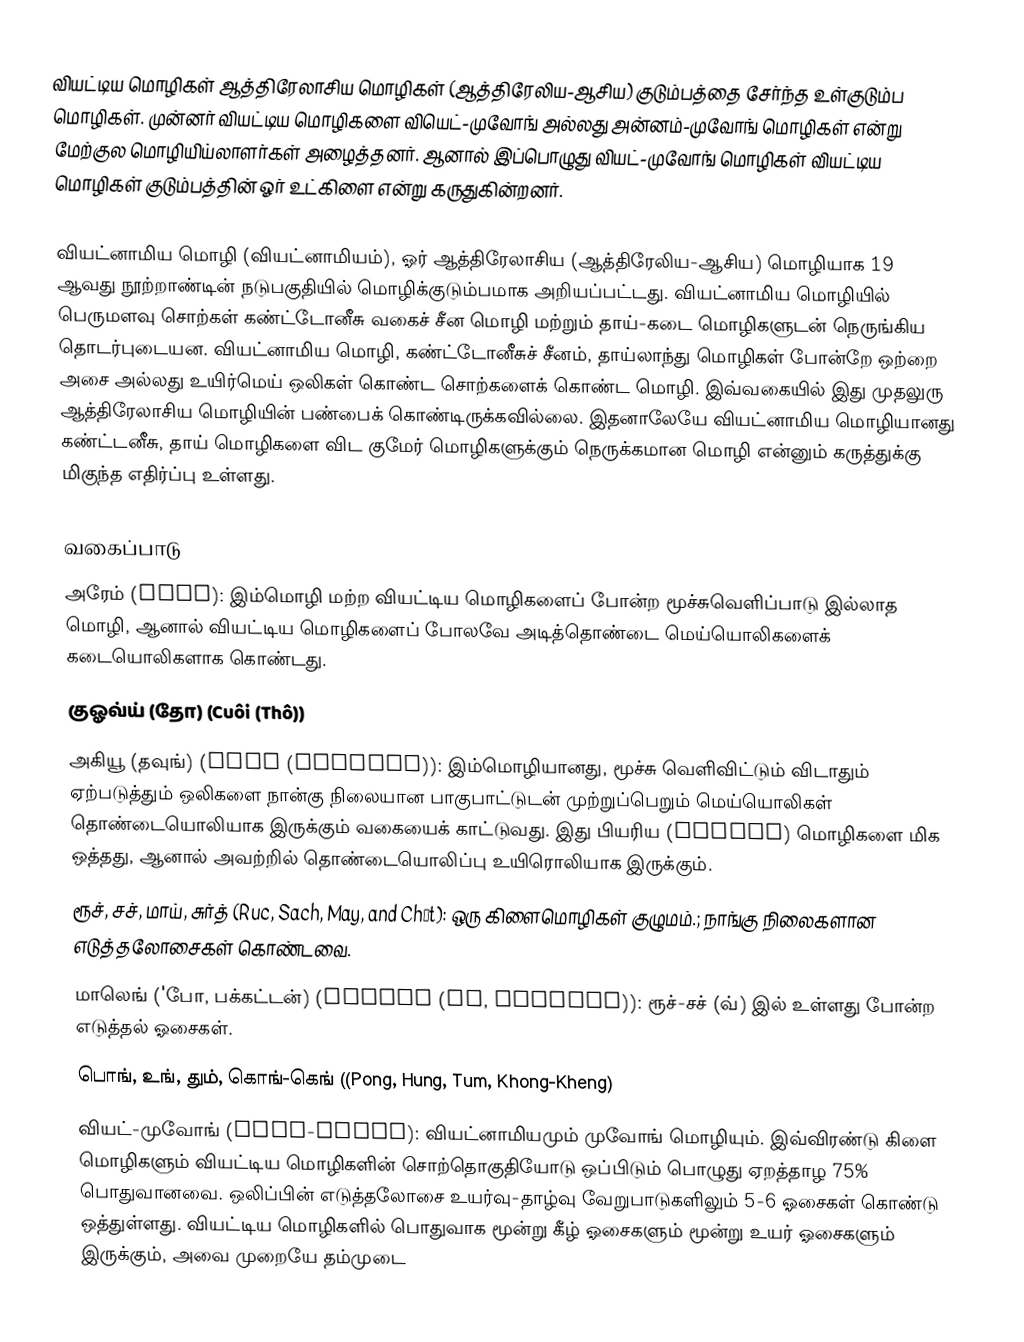
வியட்டிய மொழிகள் ஆத்திரேலாசிய மொழிகள் (ஆத்திரேலிய-ஆசிய) குடும்பத்தை சேர்ந்த உள்குடும்ப மொழிகள். முன்னர் வியட்டிய மொழிகளை வியெட்-முவோங் அல்லது அன்னம்-முவோங் மொழிகள் என்று மேற்குல மொழியிய்லாளர்கள் அழைத்தனர். ஆனால் இப்பொழுது வியட்-முவோங் மொழிகள் வியட்டிய மொழிகள் குடும்பத்தின் ஓர் உட்கிளை என்று கருதுகின்றனர்.

வியட்னாமிய மொழி (வியட்னாமியம்), ஓர் ஆத்திரேலாசிய (ஆத்திரேலிய-ஆசிய) மொழியாக 19 ஆவது நூற்றாண்டின் நடுபகுதியில் மொழிக்குடும்பமாக அறியப்பட்டது. வியட்னாமிய மொழியில் பெருமளவு சொற்கள் கண்ட்டோனீசு வகைச் சீன மொழி மற்றும் தாய்-கடை மொழிகளுடன் நெருங்கிய தொடர்புடையன. வியட்னாமிய மொழி, கண்ட்டோனீசுச் சீனம், தாய்லாந்து மொழிகள் போன்றே ஒற்றை அசை அல்லது உயிர்மெய் ஒலிகள் கொண்ட சொற்களைக் கொண்ட மொழி. இவ்வகையில் இது முதலுரு ஆத்திரேலாசிய மொழியின் பண்பைக் கொண்டிருக்கவில்லை. இதனாலேயே வியட்னாமிய மொழியானது கண்ட்டனீசு, தாய் மொழிகளை விட குமேர் மொழிகளுக்கும் நெருக்கமான மொழி என்னும் கருத்துக்கு மிகுந்த எதிர்ப்பு உள்ளது.

வகைப்பாடு
அரேம் (Arem): இம்மொழி மற்ற வியட்டிய மொழிகளைப் போன்ற மூச்சுவெளிப்பாடு இல்லாத மொழி, ஆனால் வியட்டிய மொழிகளைப் போலவே அடித்தொண்டை மெய்யொலிகளைக் கடையொலிகளாக கொண்டது.
குஓவ்ய் (தோ) (Cuôi (Thô))
அகியூ (தவுங்) (Aheu (Thavung)): இம்மொழியானது, மூச்சு வெளிவிட்டும் விடாதும் ஏற்படுத்தும் ஒலிகளை நான்கு நிலையான பாகுபாட்டுடன் முற்றுப்பெறும் மெய்யொலிகள் தொண்டையொலியாக இருக்கும் வகையைக் காட்டுவது. இது பியரிய (Pearic) மொழிகளை மிக ஒத்தது, ஆனால் அவற்றில் தொண்டையொலிப்பு உயிரொலியாக இருக்கும்.
ரூச், சச், மாய், சுர்த் (Ruc, Sach, May, and Chưt): ஒரு கிளைமொழிகள் குழுமம்.; நாங்கு நிலைகளான எடுத்தலோசைகள் கொண்டவை.
மாலெங் ('போ, பக்கட்டன்) (Maleng (Bo, Pakatan)): ரூச்-சச் (வ்) இல் உள்ளது போன்ற எடுத்தல் ஓசைகள்.
பொங், உங், தும், கொங்-கெங் ((Pong, Hung, Tum, Khong-Kheng)
வியட்-முவோங் (Viêt-Mương): வியட்னாமியமும் முவோங் மொழியும். இவ்விரண்டு கிளை மொழிகளும் வியட்டிய மொழிகளின் சொற்தொகுதியோடு ஒப்பிடும் பொழுது ஏறத்தாழ 75% பொதுவானவை. ஒலிப்பின் எடுத்தலோசை உயர்வு-தாழ்வு வேறுபாடுகளிலும் 5-6 ஓசைகள் கொண்டு ஒத்துள்ளது. வியட்டிய மொழிகளில் பொதுவாக மூன்று கீழ் ஓசைகளும் மூன்று உயர் ஓசைகளும் இருக்கும், அவை முறையே தம்முடை